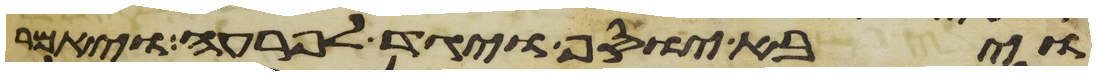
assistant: ויבא יוסף ויגד לפרעה ויאמר